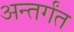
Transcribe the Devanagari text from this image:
अन्तर्गंत